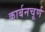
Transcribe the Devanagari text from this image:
कार्बनचूर्ण